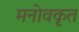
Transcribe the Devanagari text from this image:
मनोवकृत